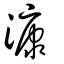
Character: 漮